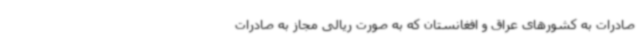
صادرات به کشورهای عراق و افغانستان که به صورت ریالی مجاز به صادرات